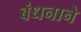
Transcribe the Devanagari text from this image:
बंधनाने